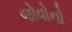
જોવોનો